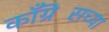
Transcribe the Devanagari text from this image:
काँग्रॆसच्या